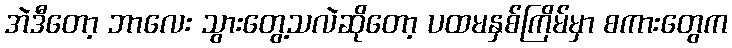
အဲဒီတော့ ဘာလေး သွားတွေ့သလဲဆိုတော့ ပထမနှစ်ကြိမ်မှာ စကားတွေက